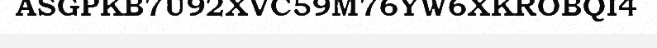
ASGPKB7U92XVC59M76YW6XKROBQI4